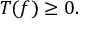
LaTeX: T ( f ) \geq 0 .